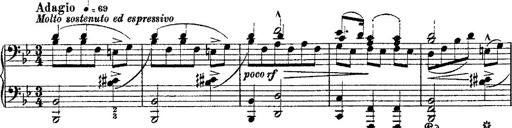
Title: Fantaisie romantique sur deux mÃ©lodies suisses
Composer: Franz Liszt